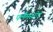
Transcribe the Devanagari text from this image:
फ्लैमस्टीड